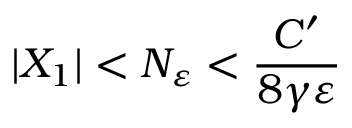
| X _ { 1 } | < N _ { \varepsilon } < \frac { C ^ { \prime } } { 8 \gamma \varepsilon }